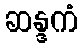
ဆန္ဒကံ